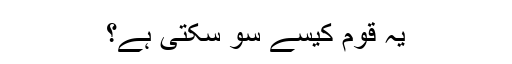
یہ قوم کیسے سو سکتی ہے؟